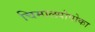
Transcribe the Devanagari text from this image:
चिमालपोपोका